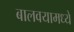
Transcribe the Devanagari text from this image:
बालवयामध्ये